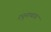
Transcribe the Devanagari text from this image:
रघुनाथाय